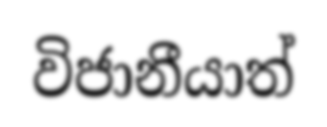
විජානීයාත්